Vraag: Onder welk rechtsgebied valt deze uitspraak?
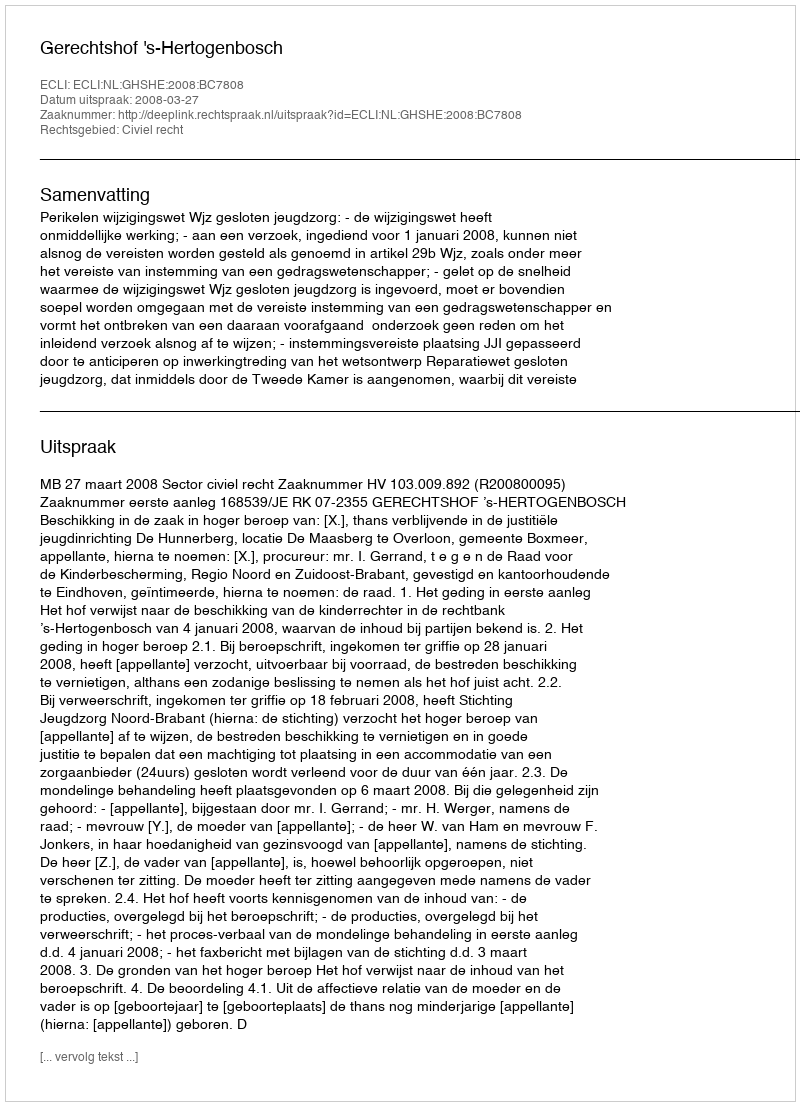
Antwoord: Civiel recht